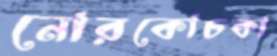
নোরকোচকা